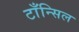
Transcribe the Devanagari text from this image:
टाँन्सिल